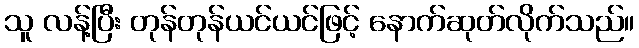
သူ လန့်ပြီး တုန်တုန်ယင်ယင်ဖြင့် နောက်ဆုတ်လိုက်သည်။